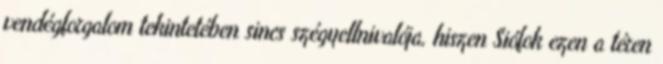
vendégforgalom tekintetében sincs szégyellnivalója, hiszen Siófok ezen a téren